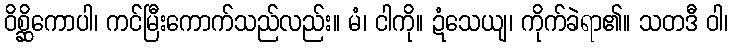
ဝိစ္ဆိကောပါ၊ ကင်မြီးကောက်သည်လည်း။ မံ၊ ငါကို။ ဍံသေယျ၊ ကိုက်ခဲရာ၏။ သတဒီ ဝါ၊